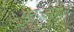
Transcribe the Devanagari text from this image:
पुनःडायल